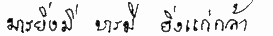
มารยิ่งมีบารมียิ่งแก่กล้า